system: You are a helpful assistant.
user:
Analyze the provided spectrum to determine if it is a **"Cataclysmic Variables (CV)"**.

- **Key Indicators for CV (Check for either state):**
    - **State 1: Quiescent / Low-State (Emission-Dominated)**
        - **(Primary):** Strong and *very broad* Hydrogen Balmer emission lines (e.g., $H\alpha$ at 6563 Å, $H\beta$ at 4861 Å). The 'broadness' (high velocity dispersion, often FWHM > 1000 km/s) is the key diagnostic, indicating a high-velocity accretion disk.
        - **(Secondary):** Broad neutral Helium (He I) emission lines (e.g., 5876 Å, 6678 Å).
        - **(Key Confirmation):** Presence of high-excitation *ionized* Helium (He II) emission at 4686 Å. This is a strong indicator of accretion onto a white dwarf.
        - **(Line Profile):** Emission lines may exhibit a 'double-peaked' profile, which is a classic signature of a rotating accretion disk viewed at high inclination.

    - **State 2: Outburst / High-State (Absorption-Dominated)**
        - **(Primary):** Spectrum is dominated by a bright, blue continuum (looks like a hot star).
        - **(Secondary):** The emission lines from State 1 are weak, absent, or 'filled in', and are replaced by broad, shallow *absorption* lines (primarily Balmer and He I).
        - **(Morphology):** The overall spectrum mimics a hot B/A-type star. The crucial difference is that the absorption lines are significantly broader, shallower, and more 'washed-out' (or 'smeared') than the sharp lines of a normal stellar photosphere, due to high rotational speeds and pressure broadening in the disk.

Think first, call **spectral_visualization_tool** if needed to examine features in detail, then provide your final answer. Your response must adhere to the following strict rules:
1.  **Overall Structure:** Your response must follow the format `<think>...</think> <tool_call>...</tool_call> (if a tool is used) <answer>...</answer>`.
2.  **Tool Usage Constraint:** You may only make **one** tool call per turn.
3.  **Final Answer Format:** In the `<answer>` tag, your conclusion must be inside a `\boxed{}` command (e.g., `\boxed{YES}`), followed by your justification.

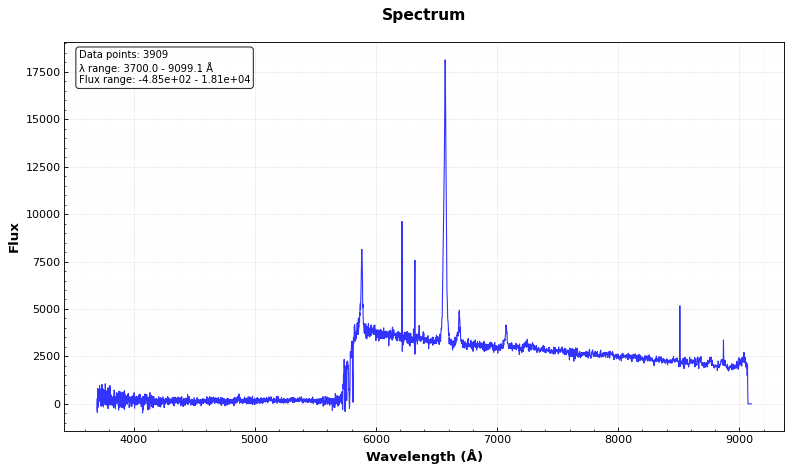
Answer: YES